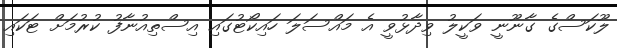
ލޫކަސްގެ ގާނޫނީ ވަކީލު ވިދާޅުވީ އެ މައްސަލަ ހައިކޯޓުގައި އިސްތިއުނާފު ކުރުމަށް ޓަކައި